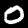
Label: 0